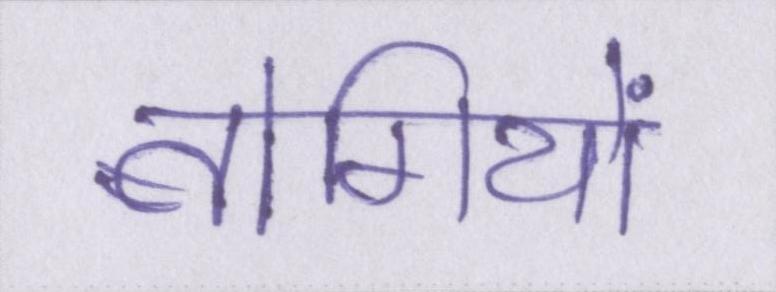
बोगियों